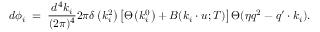
d \phi _ { i } \; = \; { \frac { d ^ { 4 } k _ { i } } { ( 2 \pi ) ^ { 4 } } } 2 \pi \delta \left( k _ { i } ^ { 2 } \right) \left[ \Theta \left( k _ { i } ^ { 0 } \right) + B ( k _ { i } \cdot u ; T ) \right] \Theta ( \eta q ^ { 2 } - q ^ { \prime } \cdot k _ { i } ) .